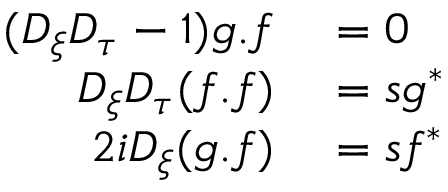
\begin{array} { r l } { ( D _ { \xi } D _ { \tau } - 1 ) g . f } & { { } = 0 } \\ { D _ { \xi } D _ { \tau } ( f . f ) } & { { } = s g ^ { * } } \\ { 2 i D _ { \xi } ( g . f ) } & { { } = s f ^ { * } } \end{array}